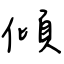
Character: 傾